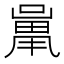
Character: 𱔱